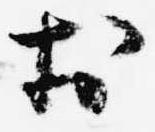
於